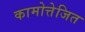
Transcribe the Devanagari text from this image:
कामोत्तेजित